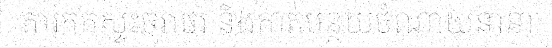
ការកកស្ទះចរាចរ និងកាត់បន្ថយចំណាយនានា